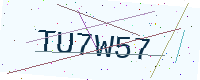
Text: TU7W57